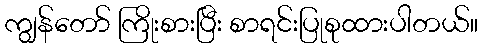
ကျွန်တော် ကြိုးစားပြီး စာရင်းပြုစုထားပါတယ်။